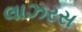
લાઝરસ